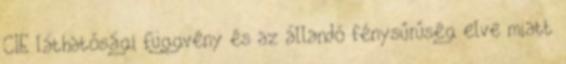
CIE láthatósági függvény és az állandó fénysűrűség elve miatt